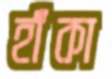
হাঁকা